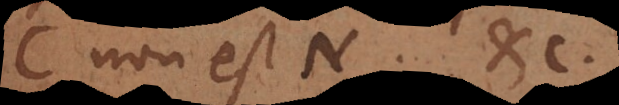
C non est N; etc.